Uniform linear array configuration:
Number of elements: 4
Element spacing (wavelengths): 0.25
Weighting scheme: blackman
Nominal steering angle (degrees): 0
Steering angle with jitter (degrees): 0.8638
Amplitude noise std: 0.05
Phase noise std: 0.05

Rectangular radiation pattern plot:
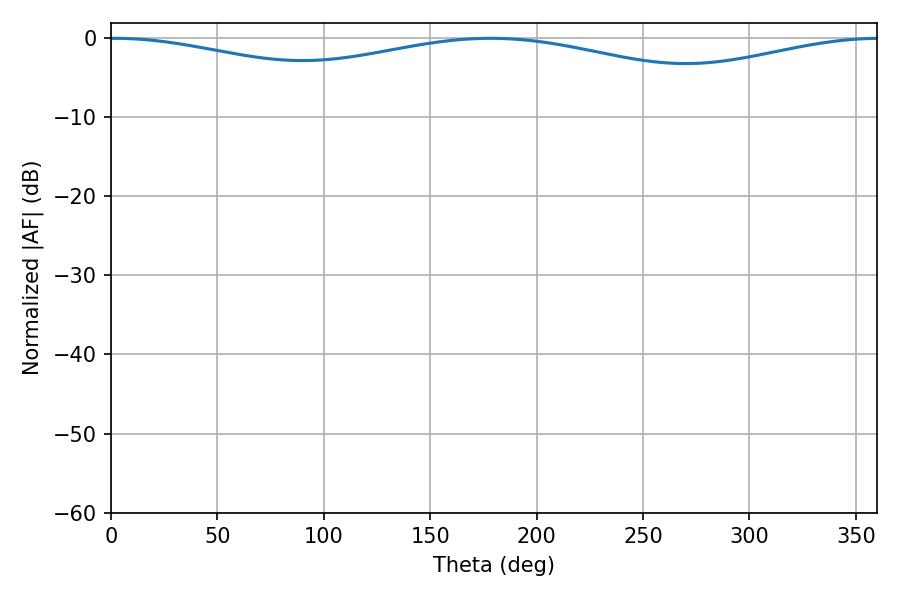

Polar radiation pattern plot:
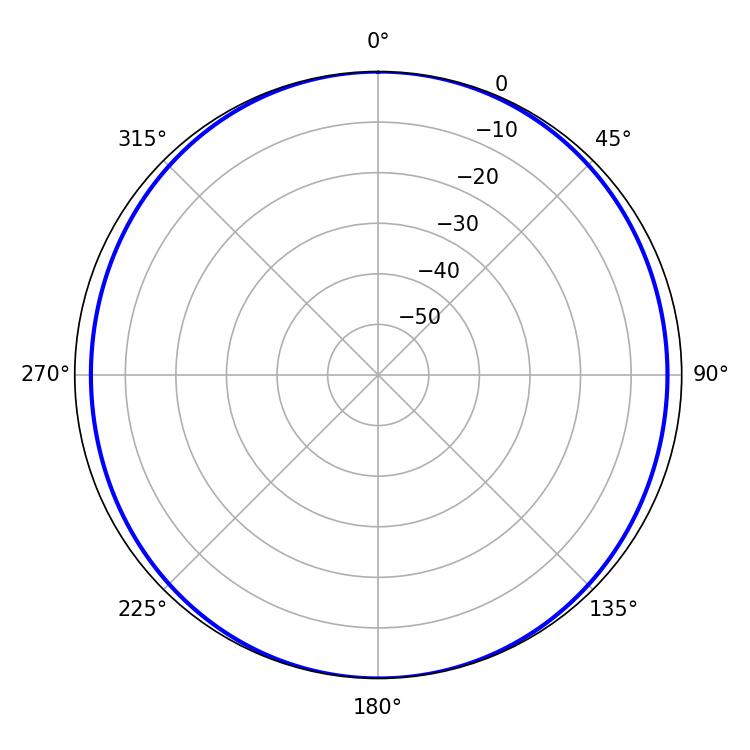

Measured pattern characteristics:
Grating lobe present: FALSE
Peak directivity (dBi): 14.094
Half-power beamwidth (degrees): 256.68
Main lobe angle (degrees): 1.62